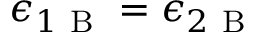
\epsilon _ { 1 \mathrm { ~ B ~ } } = \epsilon _ { 2 \mathrm { ~ B ~ } }